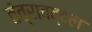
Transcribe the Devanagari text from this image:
तंत्राबद्दल